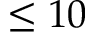
\leq 1 0